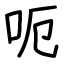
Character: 呃